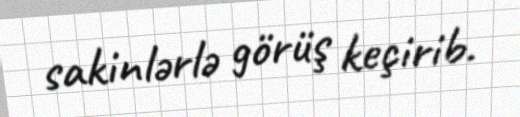
sakinlərlə görüş keçirib.